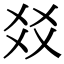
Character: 㸚